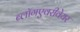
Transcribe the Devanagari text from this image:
ब्लॉगएवरीवेयर